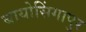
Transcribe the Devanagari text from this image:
बायोसिंगापुर